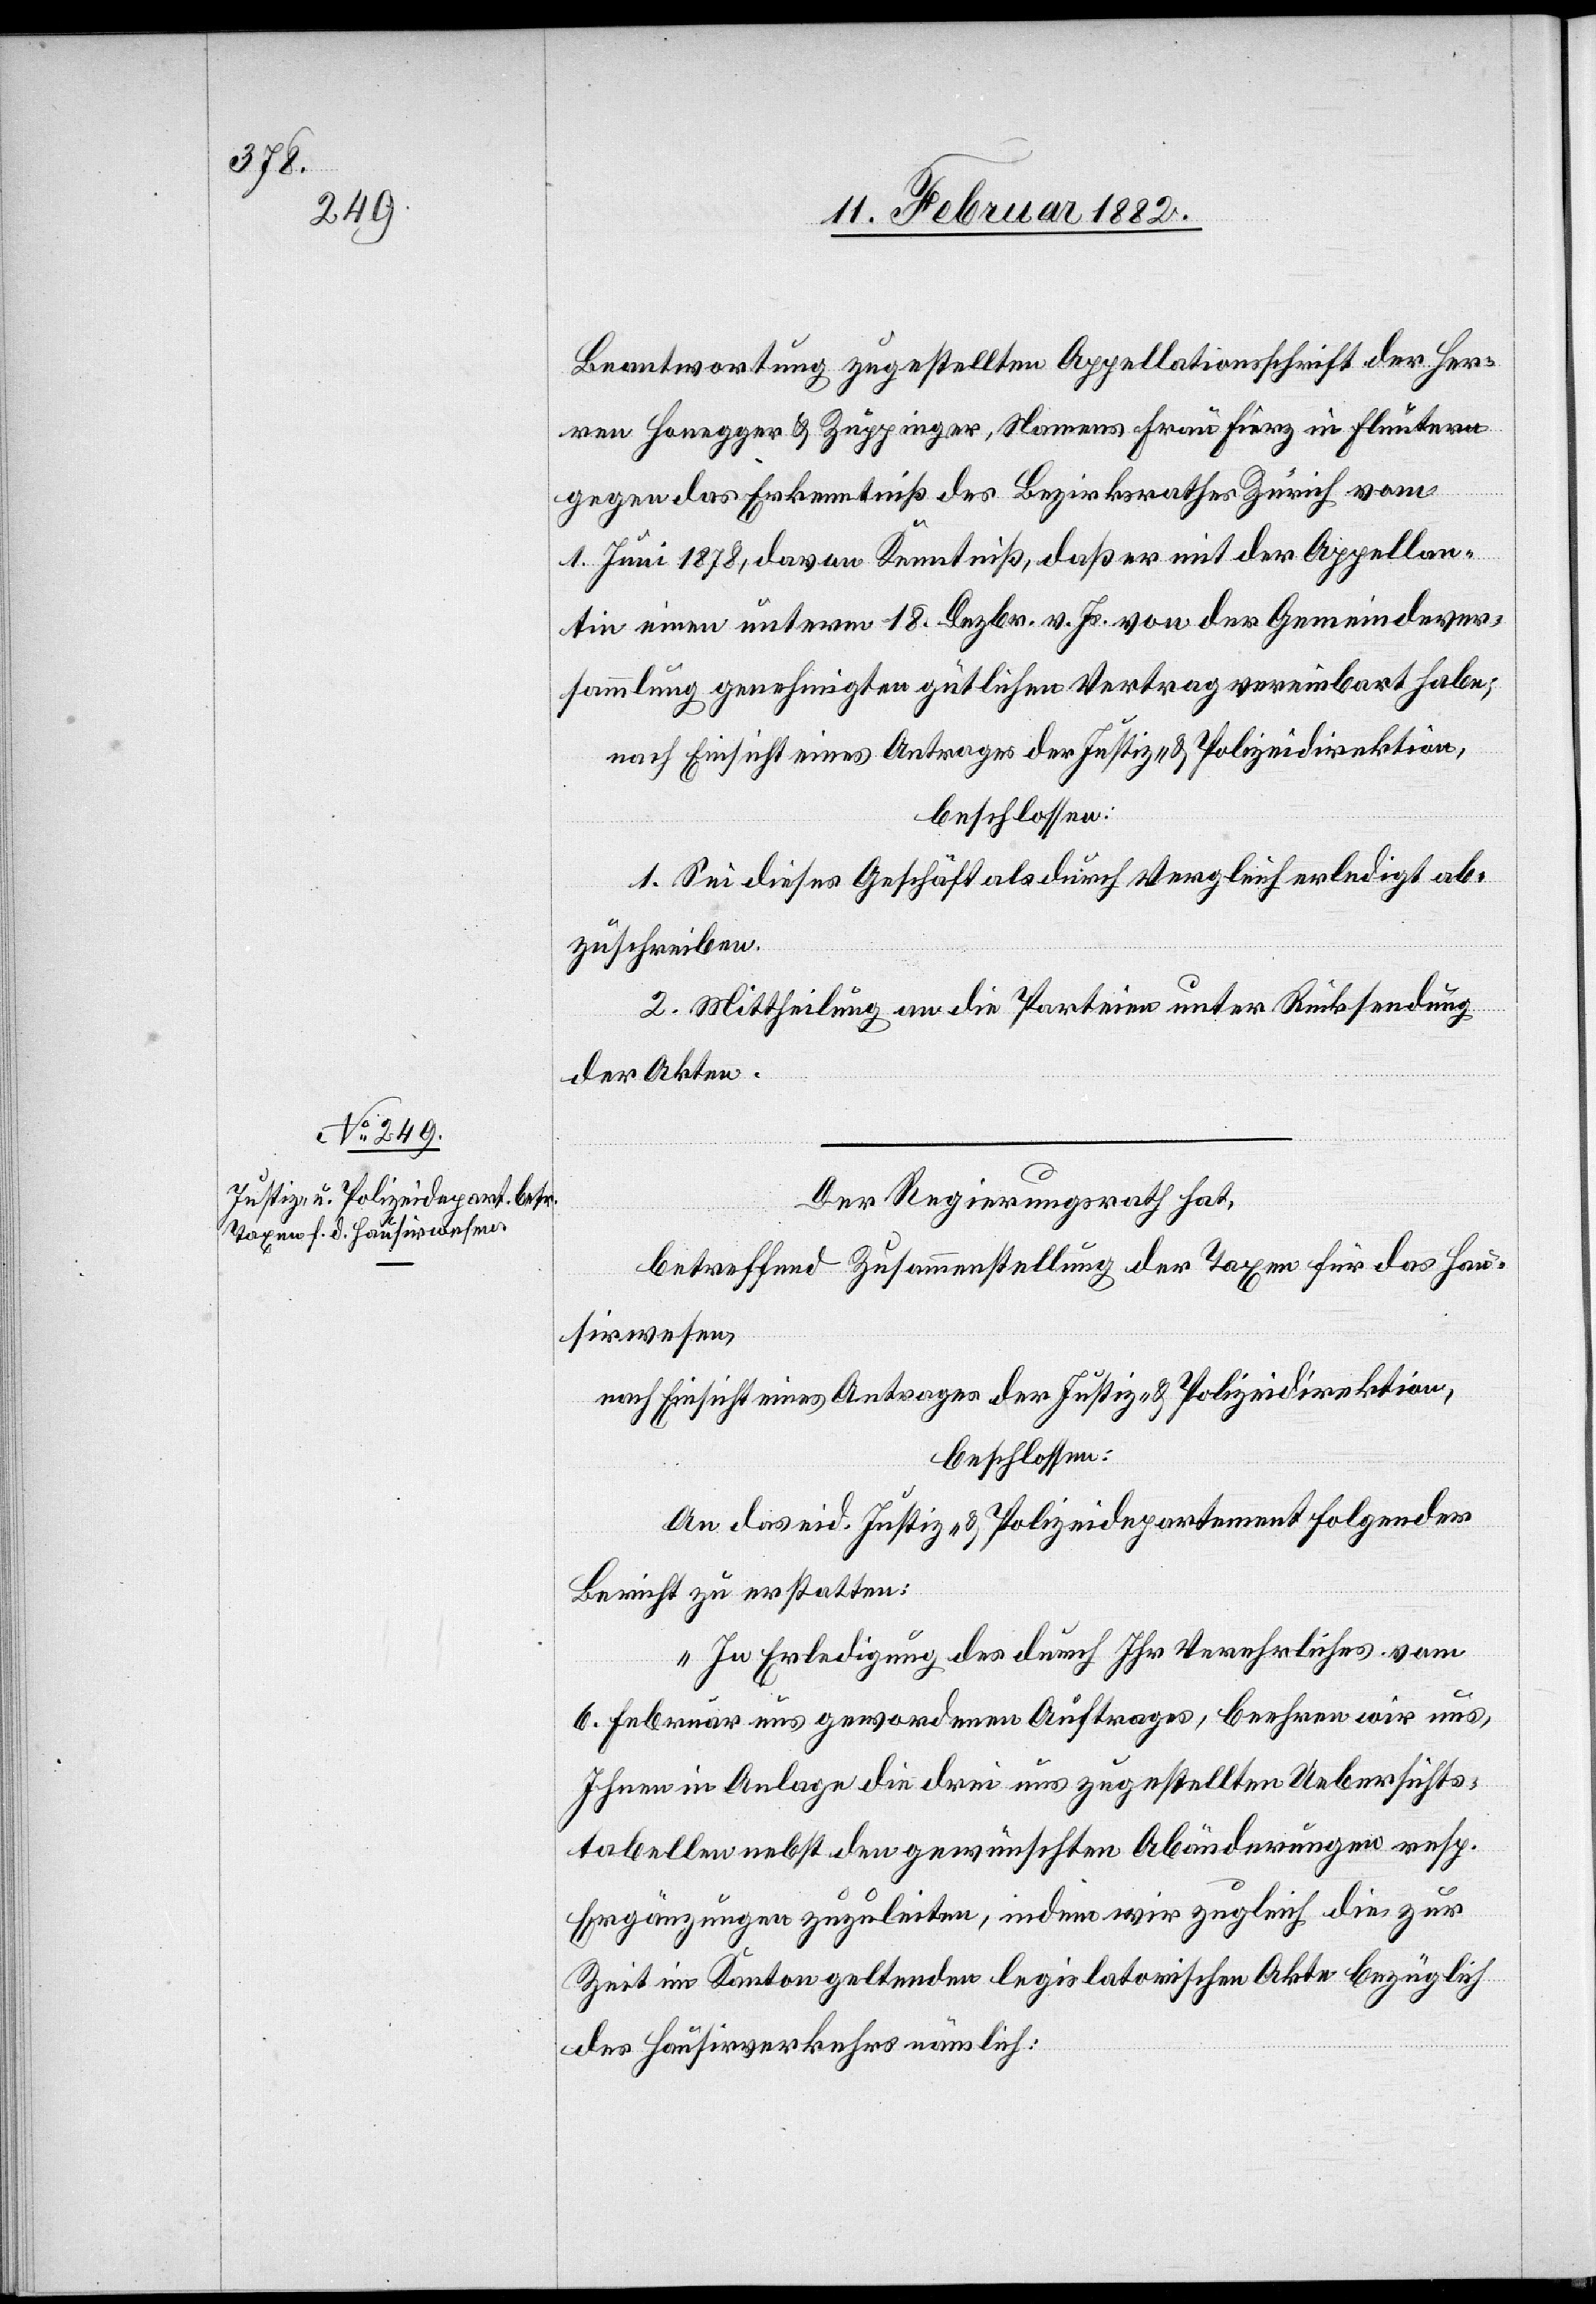
Beantwortung zugestellten Appellationsschrift der Her¬
ren Honegger & Zuppinger, Namens Frau Fierz in Fluntern
gegen das Erkenntniß des Bezirksrathes Zürich vom
1. Juni 1878, davon Kenntniß, daß er mit der Appellan¬
tin einen unterm 8. Dezbr. v. Js. von der Gemeindever¬
sammlung genehmigten gütlichen Vertrag vereinbart habe;
nach Einsicht eines Antrages der Justiz- & Polizeidirektion,
beschlossen:
1. Sei dieses Geschäft als durch Vergleich erledigt ab¬
zuschreiben.
2. Mittheilung an die Parteien unter Rücksendung
der Akten.
Der Regierungsrath hat,
betreffend Zusammenstellung der Taxen für das Hau¬
sirwesen,
nach Einsicht eines Antrages der Justiz- & Polizeidirektion,
beschlossen:
An das eid. Justiz- & Polizeidepartement folgenden
Bericht zu erstatten:
„In Erledigung des durch Ihr Verehrliches vom
6. Februar uns gewordenen Auftrages, beehren wir uns,
Ihnen in Anlage die drei uns zugestellten Uebersichts¬
tabellen nebst den gewünschten Abänderungen resp.
Ergänzungen zuzuleiten, indem wir zugleich die zur
Zeit im Kanton geltenden legislatorischen Akten bezüglich
des Hausirverkehrs nämlich: